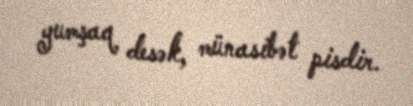
yumşaq desək, münasibət pisdir.